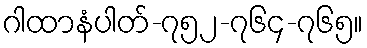
ဂါထာနံပါတ်-၇၅၂-၇၆၄-၇၆၅။